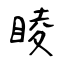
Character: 睖